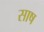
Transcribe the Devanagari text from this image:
साष